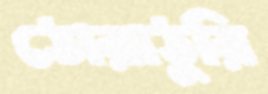
ঠোরাঠুরি